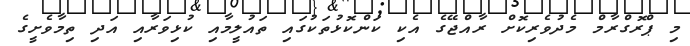
މި ޕްރޮގްރާމް މެދުވެރިކޮށް ރާއްޖޭގެ އެކި ކަންކޮޅުތަކުގައި ތައުލީމާއި ކުޅިވަރާއި އަދި ތިމާވެށީގެ